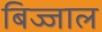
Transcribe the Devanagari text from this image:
बिज्जाल